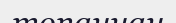
топаннан